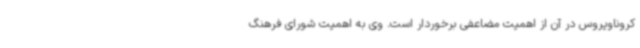
کروناویروس در آن از اهمیت مضاعفی برخوردار است. وی به اهمیت شورای فرهنگ